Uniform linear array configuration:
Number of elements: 8
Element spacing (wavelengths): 0.5
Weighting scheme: binomial
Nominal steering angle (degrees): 45
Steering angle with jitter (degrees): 44.953
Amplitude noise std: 0.05
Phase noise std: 0.05

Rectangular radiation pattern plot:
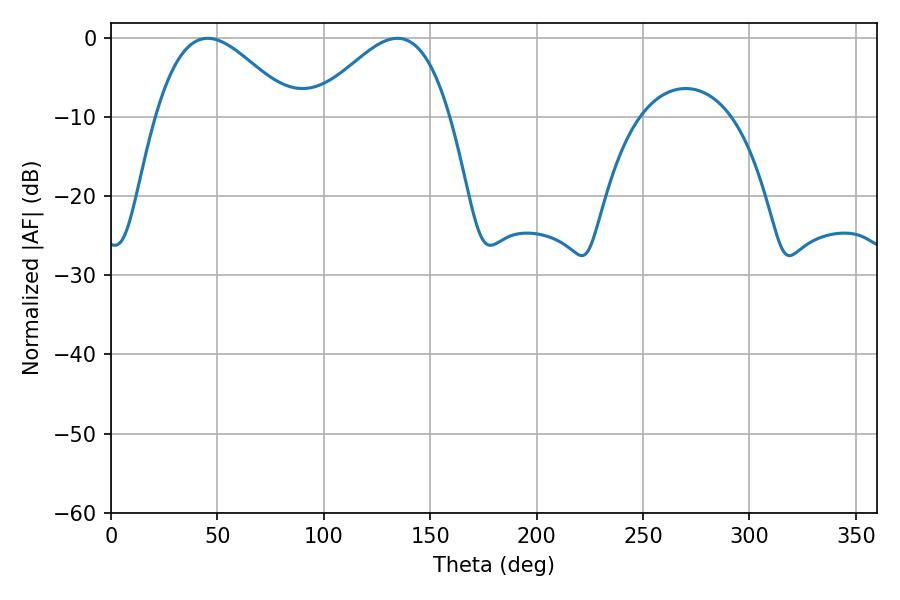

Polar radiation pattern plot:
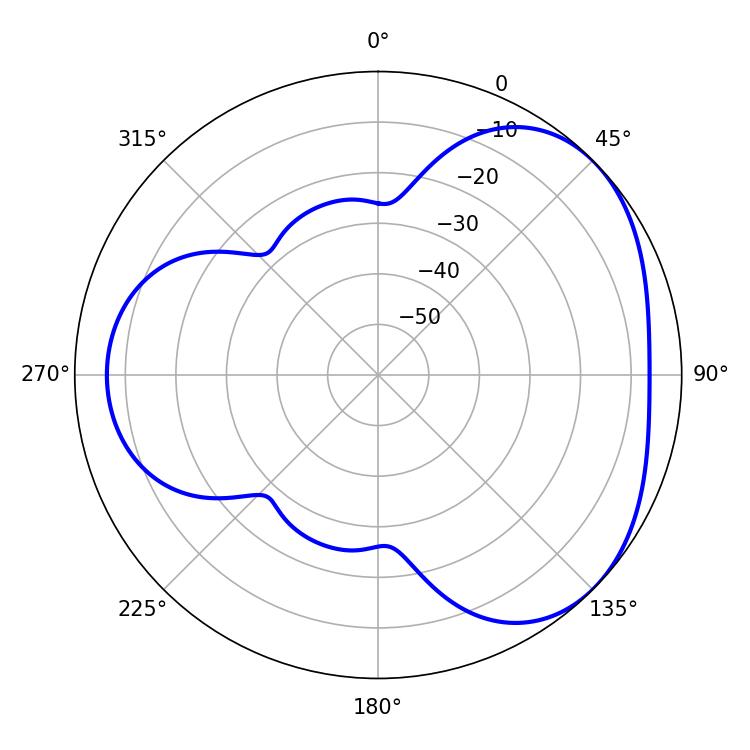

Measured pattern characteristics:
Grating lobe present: FALSE
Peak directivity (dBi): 3.677
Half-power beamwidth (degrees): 34.74
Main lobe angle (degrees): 45.36